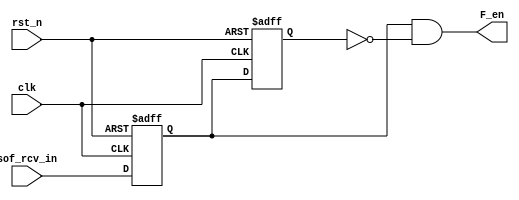
module data_fen (
    sof_rcv_in, clk, rst_n, F_en
);
    input sof_rcv_in, clk, rst_n;
    output F_en;

    wire F_en;

    reg q0_fen, q1_fen;

    always @(posedge clk or negedge rst_n) begin
        if (!rst_n) begin
            q0_fen <= 1'b0;
            q1_fen <= 1'b0;
        end else begin
            q0_fen <= sof_rcv_in;
            q1_fen <= q0_fen;
        end
    end

    assign F_en = q0_fen && (!q1_fen);
endmodule